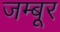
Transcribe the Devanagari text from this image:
जम्बूर